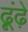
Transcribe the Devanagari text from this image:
ढ़ूंढ़े